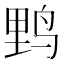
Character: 𮭧